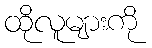
ထိုလူများကို